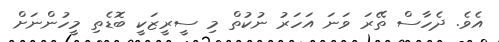
އެވެ. ދެހާސް ތޭރަ ވަނަ އަހަރު ނުކުތް މި ސީރީޒަކީ ބޮޑެތި މީހުންނަށް